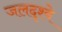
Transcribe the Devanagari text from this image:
जलदृश्ये